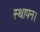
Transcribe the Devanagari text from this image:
स्थापन।